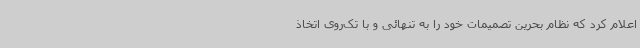
اعلام کرد که نظام بحرین تصمیمات خود را به تنهائی و با تک‌روی اتخاذ